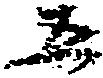
五